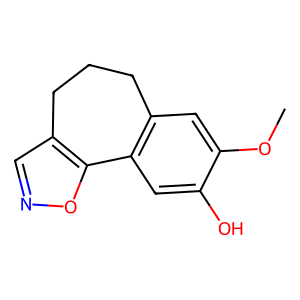
SMILES: COc1cc2c(cc1O)-c1oncc1CCC2
Inhibits HIV replication: No